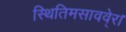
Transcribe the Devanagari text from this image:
स्थितिमसाववे्र।